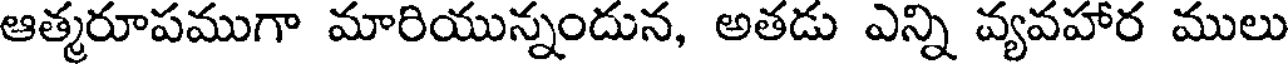
ఆత్మరూపముగా మారియున్నందున, అతడు ఎన్ని వ్యవహార ములు